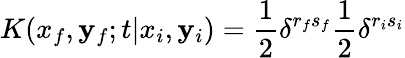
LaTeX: K(x_{f},\mathbf{y}_{f};t|x_{i},\mathbf{y}_{i})=\frac{{1}}{{2}}\delta^{r_{f}s_{f}}\frac{{1}}{{2}}\delta^{r_{i}s_{i}}